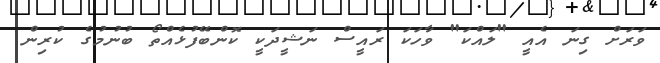
ވަރަށް ގިނަ އެއީ "ލައްކަ" ވާހަކަ ރައީސް ނަޝީދަކީ ކޮންބޭފުޅެއްތޯ ބުނުމުގެ ކުރިން